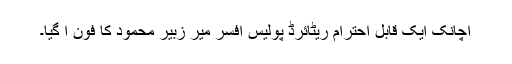
اچانک ایک قابلِ احترام ریٹائرڈ پولیس افسر میر زبیر محمود کا فون آ گیا۔